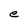
Character: e